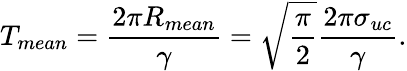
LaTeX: T_{mean}=\frac{2\pi R_{mean}}{\gamma}=\sqrt{\frac{\pi}{2}}\frac{2\pi\sigma_{uc}}{\gamma}.